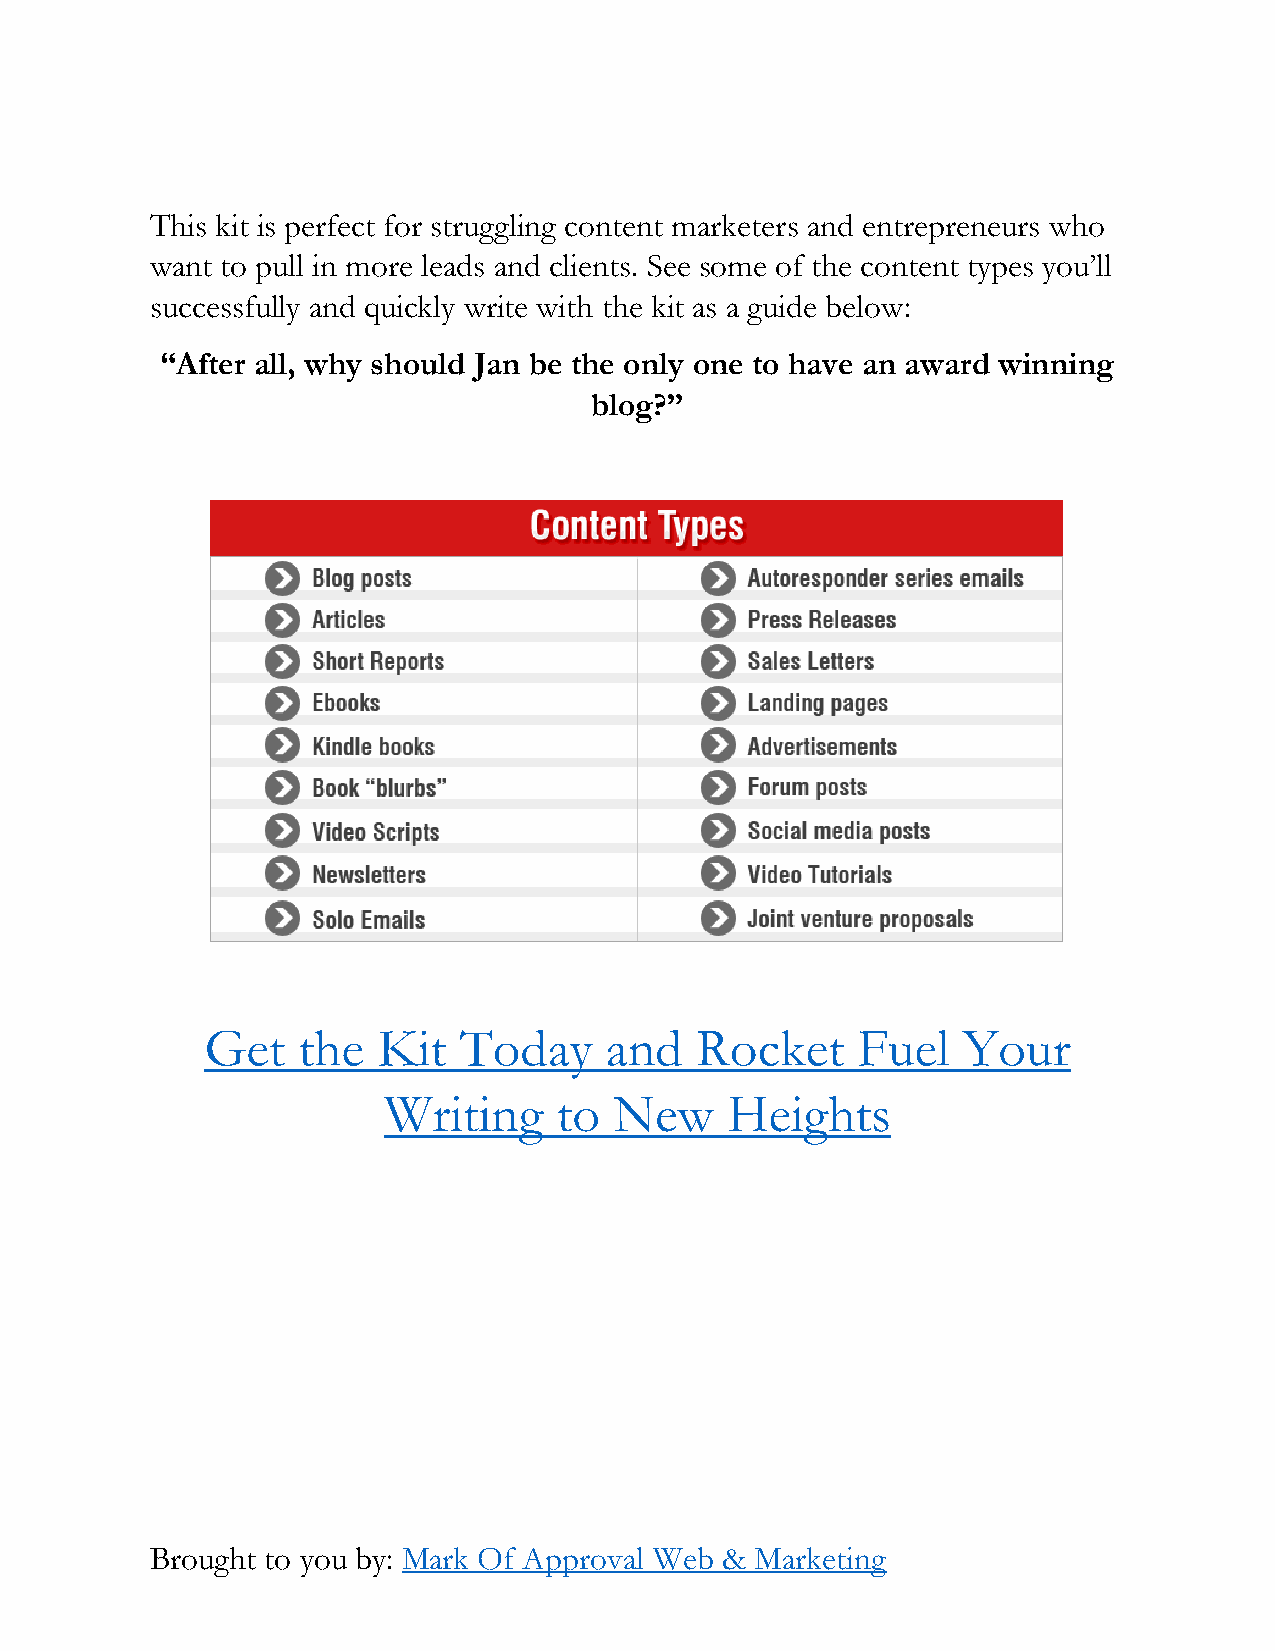
This kit is perfect for struggling content marketers and entrepreneurs who
 want to pull in more leads and clients. See some of the content types you’ll
 successfully and quickly write with the kit as a guide below:
 “After all, why should Jan be the only one to have an award winning
 blog?”
 Get   the  Kit  Today     and   Rocket     Fuel   Your
 Writing     to  New    Heights
 Brought to you by: Mark Of Approval Web & Marketing